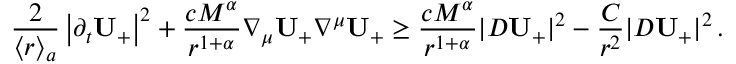
\frac { 2 } { { \langle r \rangle } _ { a } } \left| \partial _ { t } \mathbf { U } _ { + } \right| ^ { 2 } + \frac { c M ^ { \alpha } } { r ^ { 1 + \alpha } } \nabla _ { \mu } \mathbf { U } _ { + } \nabla ^ { \mu } \mathbf { U } _ { + } \geq \frac { c M ^ { \alpha } } { r ^ { 1 + \alpha } } | D \mathbf { U } _ { + } | ^ { 2 } - \frac { C } { r ^ { 2 } } | D \mathbf { U } _ { + } | ^ { 2 } \, .